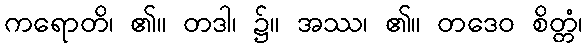
ကရောတိ၊ ၏။ တဒါ၊ ၌။ အဿ၊ ၏။ တဒေဝ စိတ္တံ၊